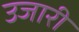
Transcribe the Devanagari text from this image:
उजारी